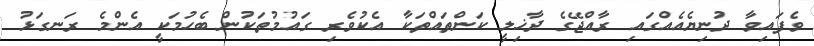
ވެފައިވާ ދުނިޔެއެއްގައި ރާއްޖޭގެ ދާޚިލީ ކަންތައްތަކާ އެކުވެރި ގައުމުތަކުން ބެހުމަކީ އެންމެ ރަނގަޅު